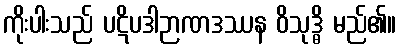
ကိုးပါးသည် ပဋိပဒါဉာဏဒဿန ဝိသုဒ္ဓိ မည်၏။